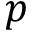
p